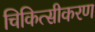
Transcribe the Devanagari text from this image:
चिकित्सीकरण